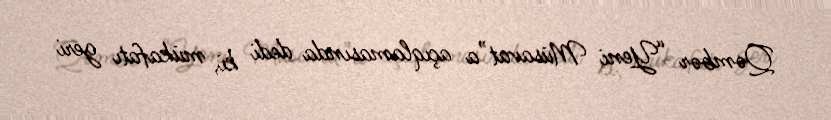
Qəmbər “Yeni Müsavat”a açıqlamasında dedi ki, mükafatı geri